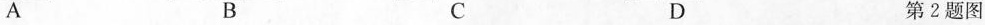
A B C D 第2题图